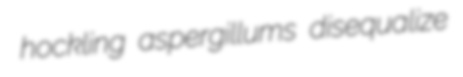
hockling aspergillums disequalize